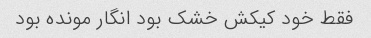
فقط خود کیکش خشک بود انگار مونده بود